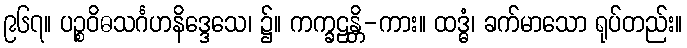
၉၆၇။ ပဉ္စဝိဓသင်္ဂဟနိဒ္ဒေသေ၊ ၌။ ကက္ခဠန္တိ-ကား။ ထဒ္ဓံ၊ ခက်မာသော ရုပ်တည်း။